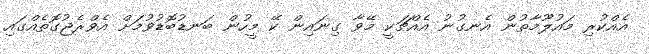
އެއްކުރި މައުލޫމާތުން އެނގުނު އެއްޗަކީ މޭވާ ގިނައިން ކޭ މީހުން ބަނޑުބޮޑުވުމަށް އެވްރެޖުގޮތެއްގައި